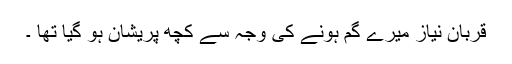
قربان نیاز میرے گم ہونے کی وجہ سے کچھ پریشان ہو گیا تھا ۔